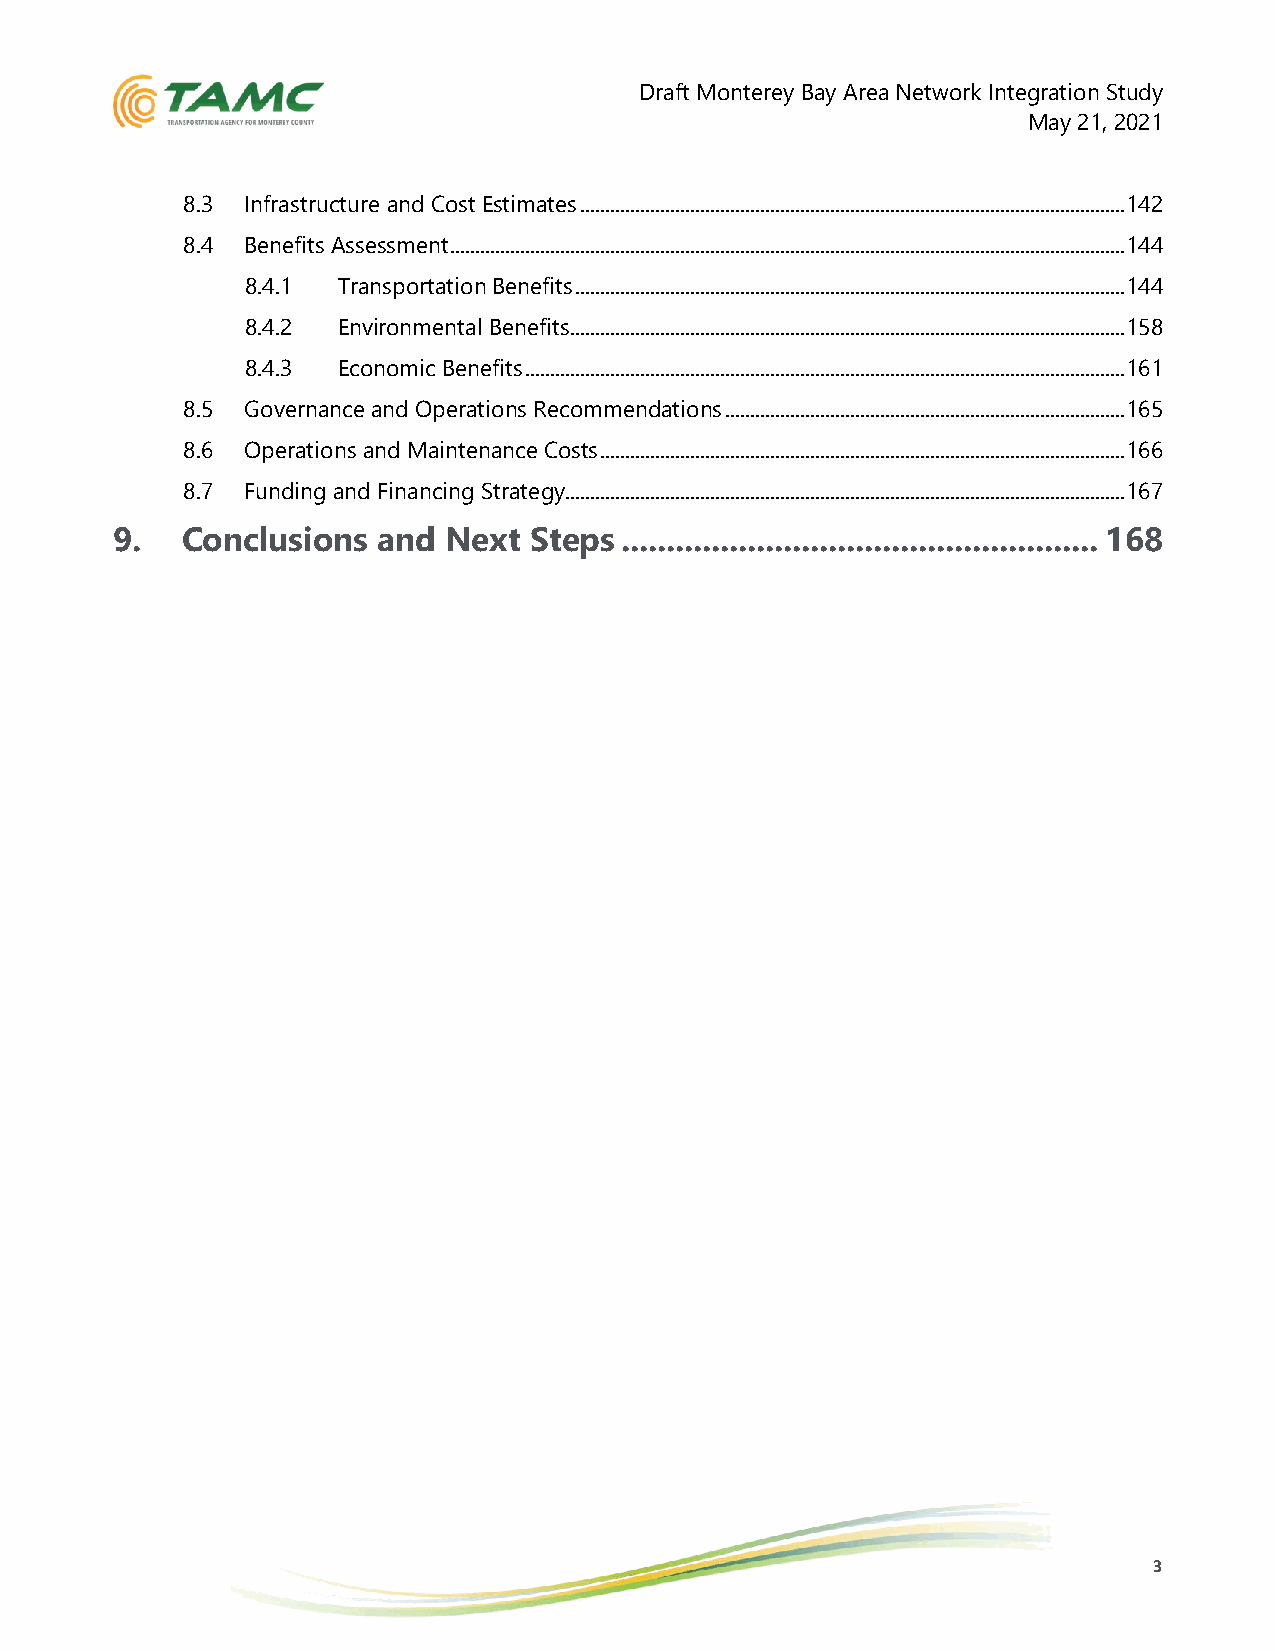
Draft Monterey Bay Area Network Integration Study
 May 21, 2021
 8.3 Infrastructure and Cost Estimates ............................................................................................................. 142
 8.4 Benefits Assessment ....................................................................................................................................... 144
 8.4.1 Transportation Benefits .............................................................................................................. 144
 8.4.2 Environmental Benefits ............................................................................................................... 158
 8.4.3 Economic Benefits ........................................................................................................................ 161
 8.5 Governance and Operations Recommendations ................................................................................ 165
 8.6 Operations and Maintenance Costs ......................................................................................................... 166
 8.7 Funding and Financing Strategy ................................................................................................................ 167
 9.   Conclusions  and Next  Steps ..................................................... 168
 3